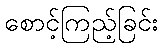
စောင့်ကြည့်ခြင်း